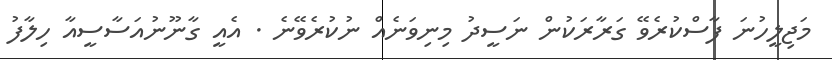
މަޖިލީހުނަ ފާސްކުރެވޭ ގަރާރަކުން ނަސީދު މިނިވަނެއް ނުކުރެވޭނެ . އެއީ ގާނޫނުއަސާސީއާ ހިލާފު